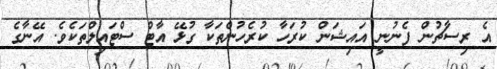
އެ ރިސާޗުން ފެނުނީ އައިޝަން ކުރަހާ ކުރެހުންތަކާ ގުޅޭ އާޓް ސްޓައިލްތަކެވެ. އޭނާގެ